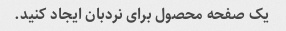
یک صفحه محصول برای نردبان ایجاد کنید.